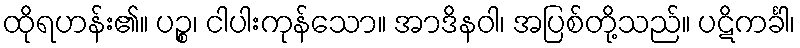
ထိုရဟန်း၏။ ပဉ္စ၊ ငါပါးကုန်သော။ အာဒိနဝါ၊ အပြစ်တို့သည်။ ပဋိကင်္ခါ၊